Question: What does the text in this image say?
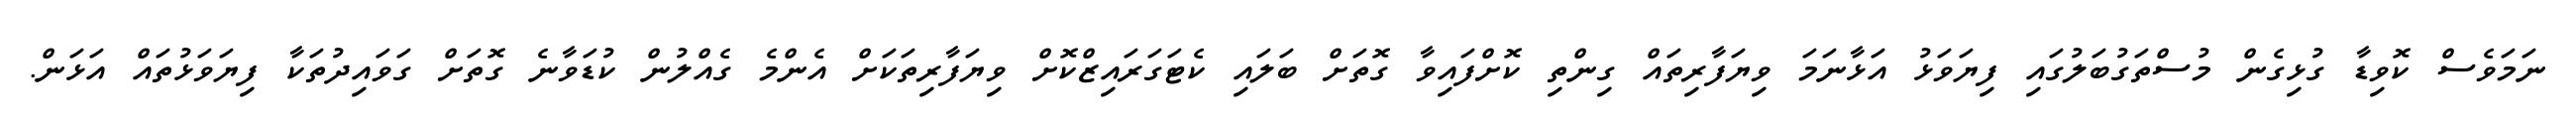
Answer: ނަމަވެސް ކޮވިޑާ ގުޅިގެން މުސްތަގުބަލުގައި ފިޔަވަޅު އަޅާނަމަ ވިޔަފާރިތައް ގިންތި ކޮށްފައިވާ ގޮތަށް ބަލައި ކެޓަގަރައިޒްކޮށް ވިޔަފާރިތަކަށް އެންމެ ގެއްލުން ކުޑަވާނެ ގޮތަށް ގަވައިދުތަކާ ފިޔަވަޅުތައް އަޅަން.